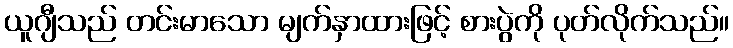
ယူဂျီသည် တင်းမာသော မျက်နှာထားဖြင့် စားပွဲကို ပုတ်လိုက်သည်။